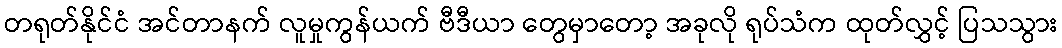
တရုတ်နိုင်ငံ အင်တာနက် လူမှုကွန်ယက် ဗီဒီယာ တွေမှာတော့ အခုလို ရုပ်သံက ထုတ်လွှင့် ပြသသွား